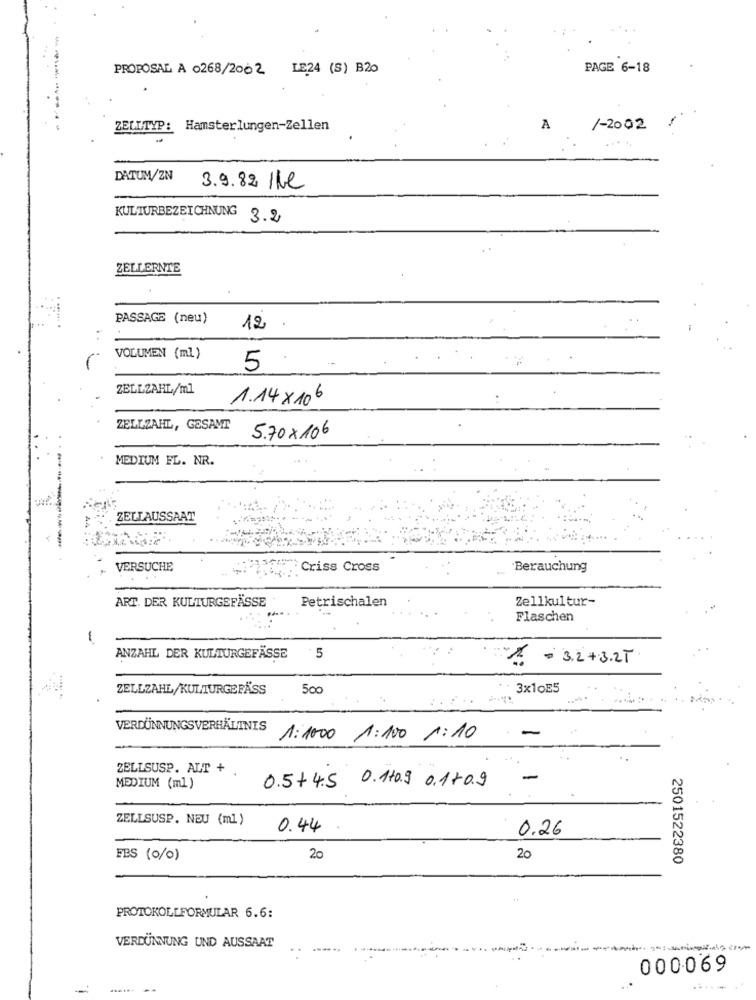
----
PROPOSAL A 0268/2002 LE24 (S) B20
PAGE 6-18
ZEL
TYP: Hamsterlungen-Zellen
A
/-2002
DATUM/ZN
3.9.82 /bl
KULTURBEZEICHNUNG 3.2
ZELLERNTE
PASSAGE (neu)
12
VOLUMEN (ml)
5.
ZELLZAHL/ml
1.14 × 106
ZELLZAHL, GESAMT
5.70X 106
MEDIUM FL. NR.
ZELLAUSSAAT
.-----
VERSUCHE
Criss Cross
Berauchung
ART. DER KULTURGEFÄSSE
Petrischalen
Zellkultur-
Flaschen
ANZAHL DER KULTURGEFÄSSE
5
1. = 3.2+3.2T
ZELLZAHL/KULTURGEFÄSS
500
3x10E5
VERDÜNNUNGSVERHÄLTNIS
1: 1000 1:100 1:10
ZELLSUSP. ALT +
-
MEDIUM (ml)
0.5+4.5 0.110.9 0.170.9
ZELLSUSP. NEU (ml)
0.44
0.26
FES (0/0)
20
20
2501522380
PROTOKOLLFORMULAR 6.6:
VERDÜNNUNG UND AUSSAAT
000069
--